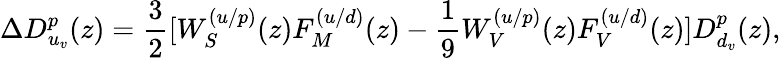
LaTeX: \Delta D_{u_{v}}^{p}(z)=\frac 32[W_{S}^{(u/p)}(z)F_{M}^{(u/d)}(z)-\frac{1}{9}W_{V}^{(u/p)}(z)F_{V}^{(u/d)}(z)]D_{d_{v}}^{p}(z),